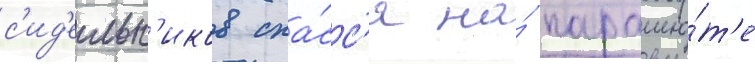
с'ид'ельн'иков спа́сс'я на́ парашю́т'е